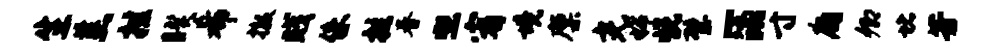
生羔挂睽希撤贱侏拄眷熙宥境廪光稀悦璧-消寸庸卿堵芳